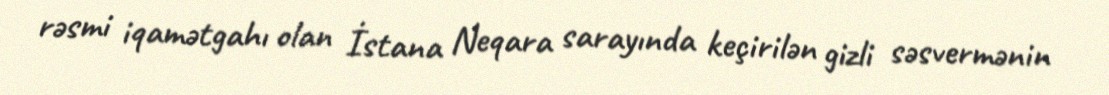
rəsmi iqamətgahı olan İstana Neqara sarayında keçirilən gizli səsvermənin